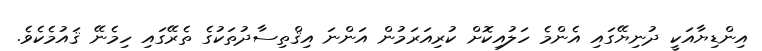
އިންޑިޔާއަކީ ދުނިޔޭގައި އެންމެ ހަލުއިކޮށް ކުރިއަރަމުން އަންނަ އިޤްތިސާދުތަކުގެ ތެރޭގައި ހިމެނޭ ޤައުމެކެވެ.